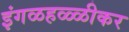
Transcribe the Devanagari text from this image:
इंगळहळ्ळीकर